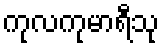
ကုလကုမာရီသု